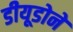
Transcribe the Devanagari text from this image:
डीयूडोने